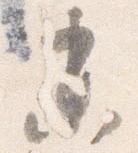
未